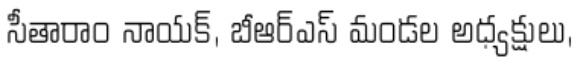
సీతారాం నాయక్, బీఆర్ఎస్ మండల అధ్యక్షులు,